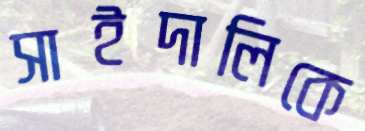
সাইদালিকে